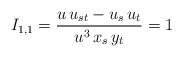
\begin{align*}I_{1,1}=\frac{u\, u_{st} - u_s\, u_t}{u^3\, x_s\, y_t} = 1\end{align*}